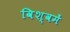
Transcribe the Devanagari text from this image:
विश्वमें